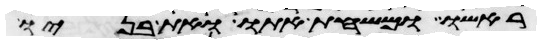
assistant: ראשו ומשחת אתו ואת בניו